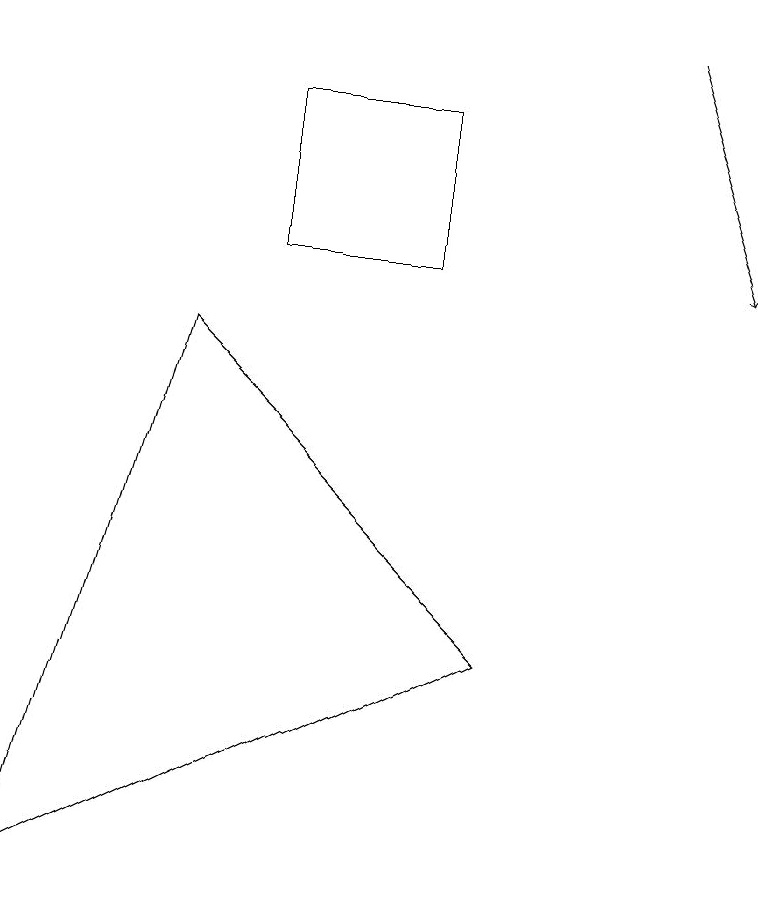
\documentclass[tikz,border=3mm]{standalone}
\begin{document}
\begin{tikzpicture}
\draw (0,2) -- (6,5) -- (2,9) -- cycle;
\draw[->] (8,13) -- (9,10);
\draw (3,12) rectangle (5,10);
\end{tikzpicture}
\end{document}